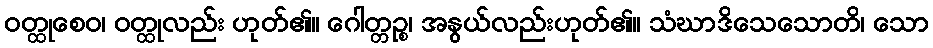
ဝတ္ထုစေဝ၊ ဝတ္ထုလည်း ဟုတ်၏။ ဂေါတ္တဉ္စ၊ အနွယ်လည်းဟုတ်၏။ သံဃာဒိသေသောတိ၊ သော